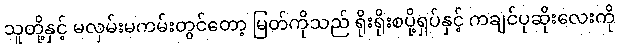
သူတို့နှင့် မလှမ်းမကမ်းတွင်တော့ မြတ်ကိုသည် ရိုးရိုးစပို့ရှပ်နှင့် ကချင်ပုဆိုးလေးကို